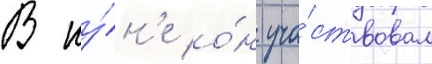
В иу́н'е о́н уча́ствовал